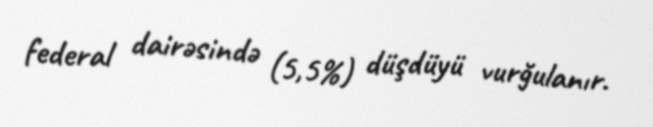
federal dairəsində (5,5%) düşdüyü vurğulanır.